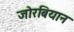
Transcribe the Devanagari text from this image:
जोरबियान